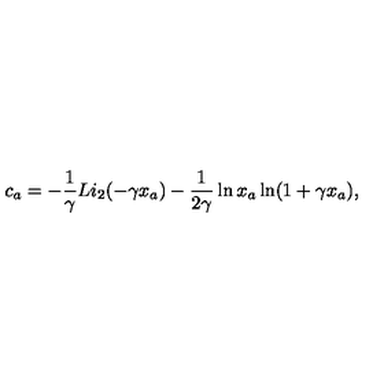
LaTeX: c _ { a } = - \frac { 1 } { \gamma } L i _ { 2 } ( - \gamma x _ { a } ) - \frac { 1 } { 2 \gamma } \ln x _ { a } \ln ( 1 + \gamma x _ { a } ) ,